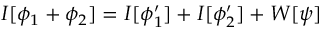
I [ \phi _ { 1 } + \phi _ { 2 } ] = I [ \phi _ { 1 } ^ { \prime } ] + I [ \phi _ { 2 } ^ { \prime } ] + { \cal W } [ \psi ]